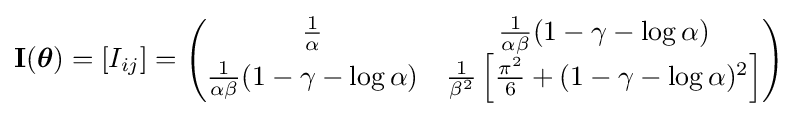
\mathbf {I} ({\boldsymbol {\theta }})=[I_{ij}]={\begin{pmatrix}{\frac {1}{\alpha }}&{\frac {1}{\alpha \beta }}(1-\gamma -\log \alpha )\\{\frac {1}{\alpha \beta }}(1-\gamma -\log \alpha )&{\frac {1}{\beta ^{2}}}\left[{\frac {\pi ^{2}}{6}}+(1-\gamma -\log \alpha )^{2}\right]\end{pmatrix}}